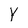
Character: Y